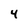
Character: 4